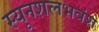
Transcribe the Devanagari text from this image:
स्यूनशलभवंश